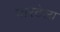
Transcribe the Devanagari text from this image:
घारटेला